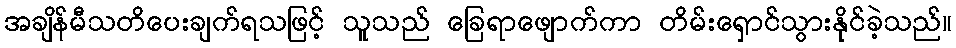
အချိန်မီသတိပေးချက်ရသဖြင့် သူသည် ခြေရာဖျောက်ကာ တိမ်းရှောင်သွားနိုင်ခဲ့သည်။